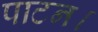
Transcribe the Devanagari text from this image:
पाटन।